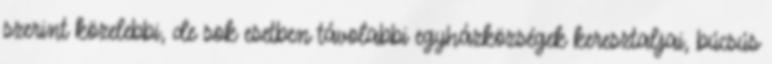
szerint közelebbi, de sok esetben távolabbi egyházközségek keresztaljai, búcsús